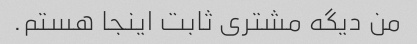
من دیگه مشتری ثابت اینجا هستم.